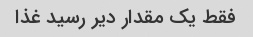
فقط یک مقدار دیر رسید غذا